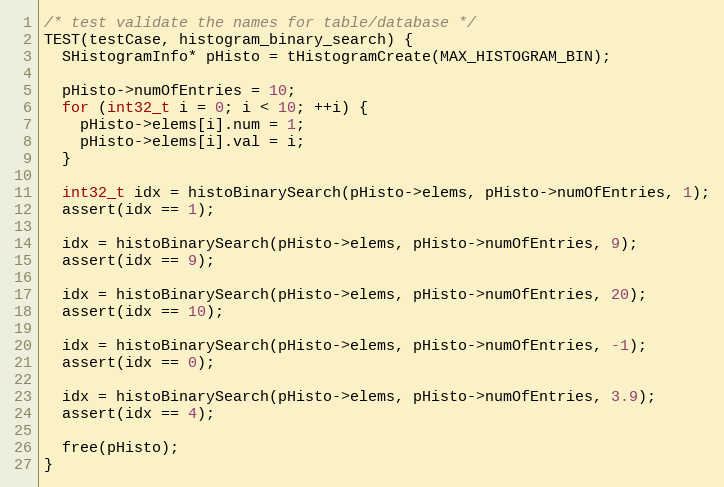
Language: C++
/* test validate the names for table/database */
TEST(testCase, histogram_binary_search) {
  SHistogramInfo* pHisto = tHistogramCreate(MAX_HISTOGRAM_BIN);

  pHisto->numOfEntries = 10;
  for (int32_t i = 0; i < 10; ++i) {
    pHisto->elems[i].num = 1;
    pHisto->elems[i].val = i;
  }

  int32_t idx = histoBinarySearch(pHisto->elems, pHisto->numOfEntries, 1);
  assert(idx == 1);

  idx = histoBinarySearch(pHisto->elems, pHisto->numOfEntries, 9);
  assert(idx == 9);

  idx = histoBinarySearch(pHisto->elems, pHisto->numOfEntries, 20);
  assert(idx == 10);

  idx = histoBinarySearch(pHisto->elems, pHisto->numOfEntries, -1);
  assert(idx == 0);

  idx = histoBinarySearch(pHisto->elems, pHisto->numOfEntries, 3.9);
  assert(idx == 4);

  free(pHisto);
}